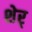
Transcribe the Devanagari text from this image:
शेर्